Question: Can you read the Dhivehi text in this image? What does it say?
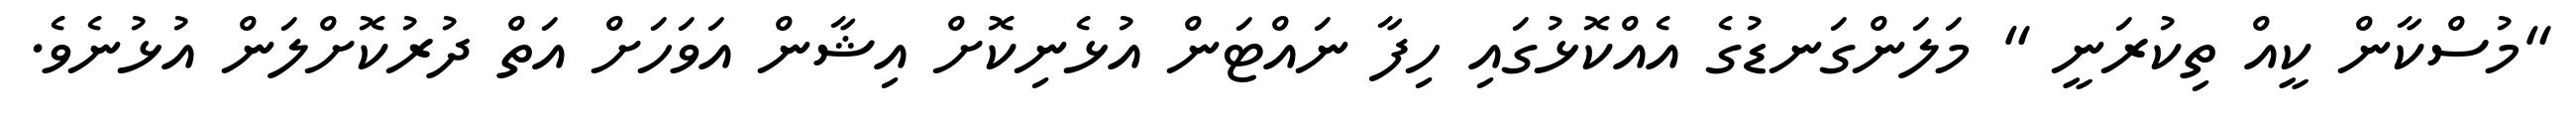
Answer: "މުސްކާން ކީއް ތިކުރަނީ " މަލަންގަނޑުގެ އެއްކޮޅުގައި ހިފާ ނައްޓަން އުޅެނިކޮށް އިޝާން އަވަހަށް އަތް ދުރުކޮށްލަން އުޅުނެވެ.